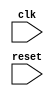
module behavioral_block (
    input wire clk,
    input wire reset
);

always @ (posedge clk or negedge reset)
begin
    // Your logic here
    // This block will trigger whenever there is a positive edge of the clock signal
    // or a negative edge of the reset signal
end

endmodule